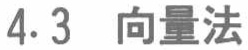
4.3 向量法